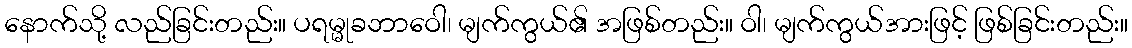
နောက်သို့ လည်ခြင်းတည်း။ ပရမ္မုခဘာဝေါ၊ မျက်ကွယ်၏ အဖြစ်တည်း။ ဝါ၊ မျက်ကွယ်အားဖြင့် ဖြစ်ခြင်းတည်း။